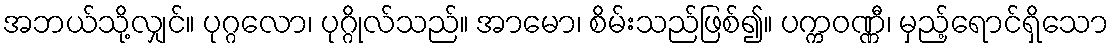
အဘယ်သို့လျှင်။ ပုဂ္ဂလော၊ ပုဂ္ဂိုလ်သည်။ အာမော၊ စိမ်းသည်ဖြစ်၍။ ပက္ကဝဏ္ဏီ၊ မှည့်ရောင်ရှိသော